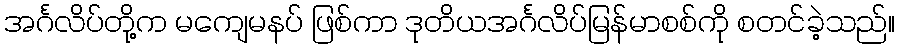
အင်္ဂလိပ်တို့က မကျေမနပ် ဖြစ်ကာ ဒုတိယအင်္ဂလိပ်မြန်မာစစ်ကို စတင်ခဲ့သည်။